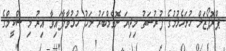
ޕްރޮޕޯޒަލް ހުށަަހެޅުމުގެ ފުރުސަތު މިދިޔަ ނޮވެމްބަރު މަހު ހުޅުވާލާފައިވާ އިރު މި ސްކީމްގެ